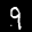
Label: 9